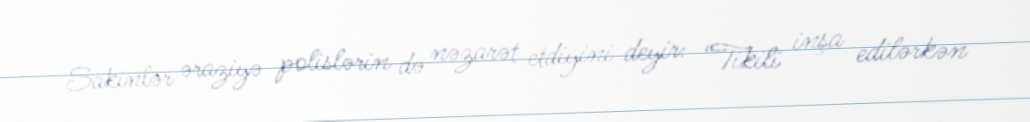
Sakinlər əraziyə polislərin də nəzarət etdiyini deyir: “Tikili inşa edilərkən